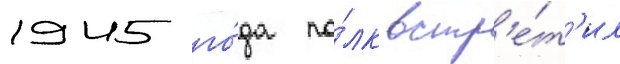
1945 го́да по́лк встр'е́т'ил